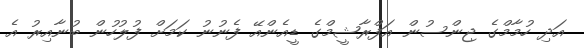
އަދި ހުމާމްގެ ޖިންސުން އަފްރާޝީމްގެ ޑީއެންއޭ ފެނުނު ކަމަށް ފުލުހުން ބުނާއިރު އެ